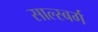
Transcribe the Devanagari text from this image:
साल्स्बर्ग